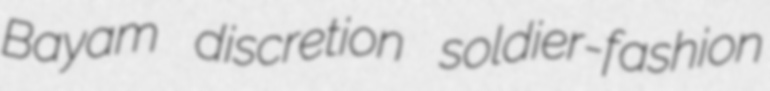
Bayam discretion soldier-fashion